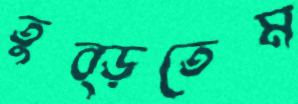
তুব্‌ড়তেম